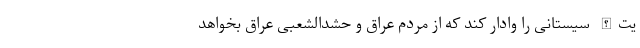
یت‌الله سیستانی را وادار کند که از مردم عراق و حشدالشعبی عراق بخواهد